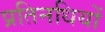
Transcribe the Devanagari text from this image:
प्रतिनधियों